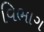
વિભાગ